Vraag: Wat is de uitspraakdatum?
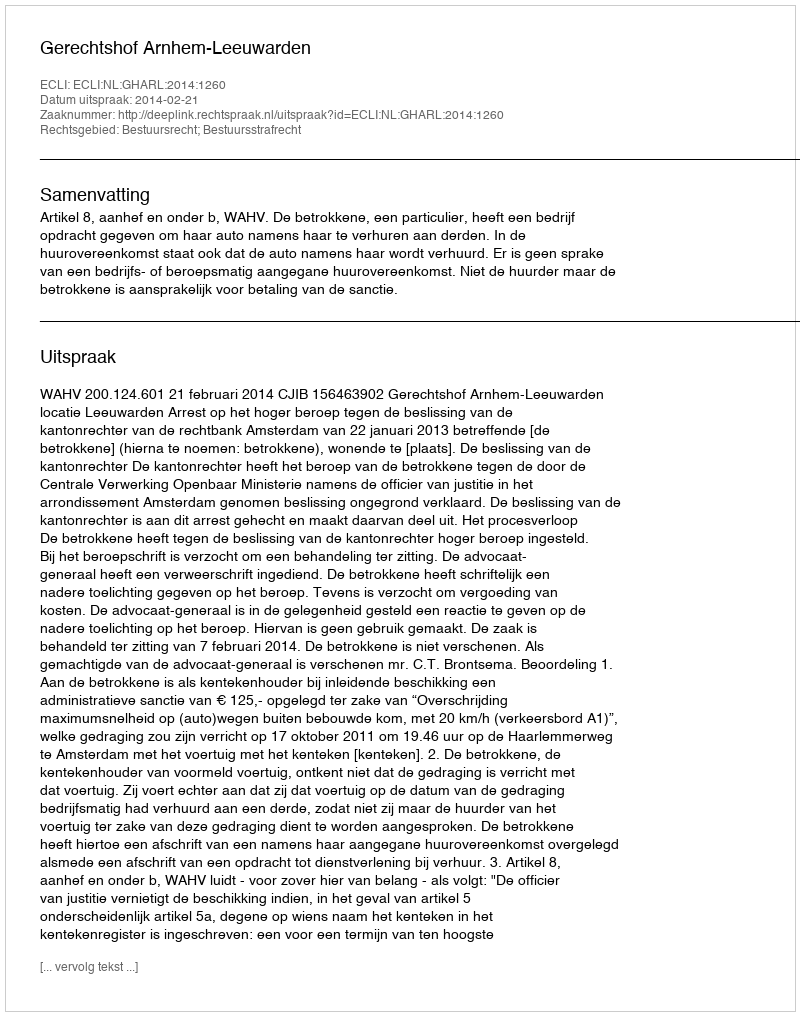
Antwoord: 2014-02-21